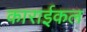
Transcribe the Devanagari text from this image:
काराईकल